EELK_Paldiski_kogudus, lk 56
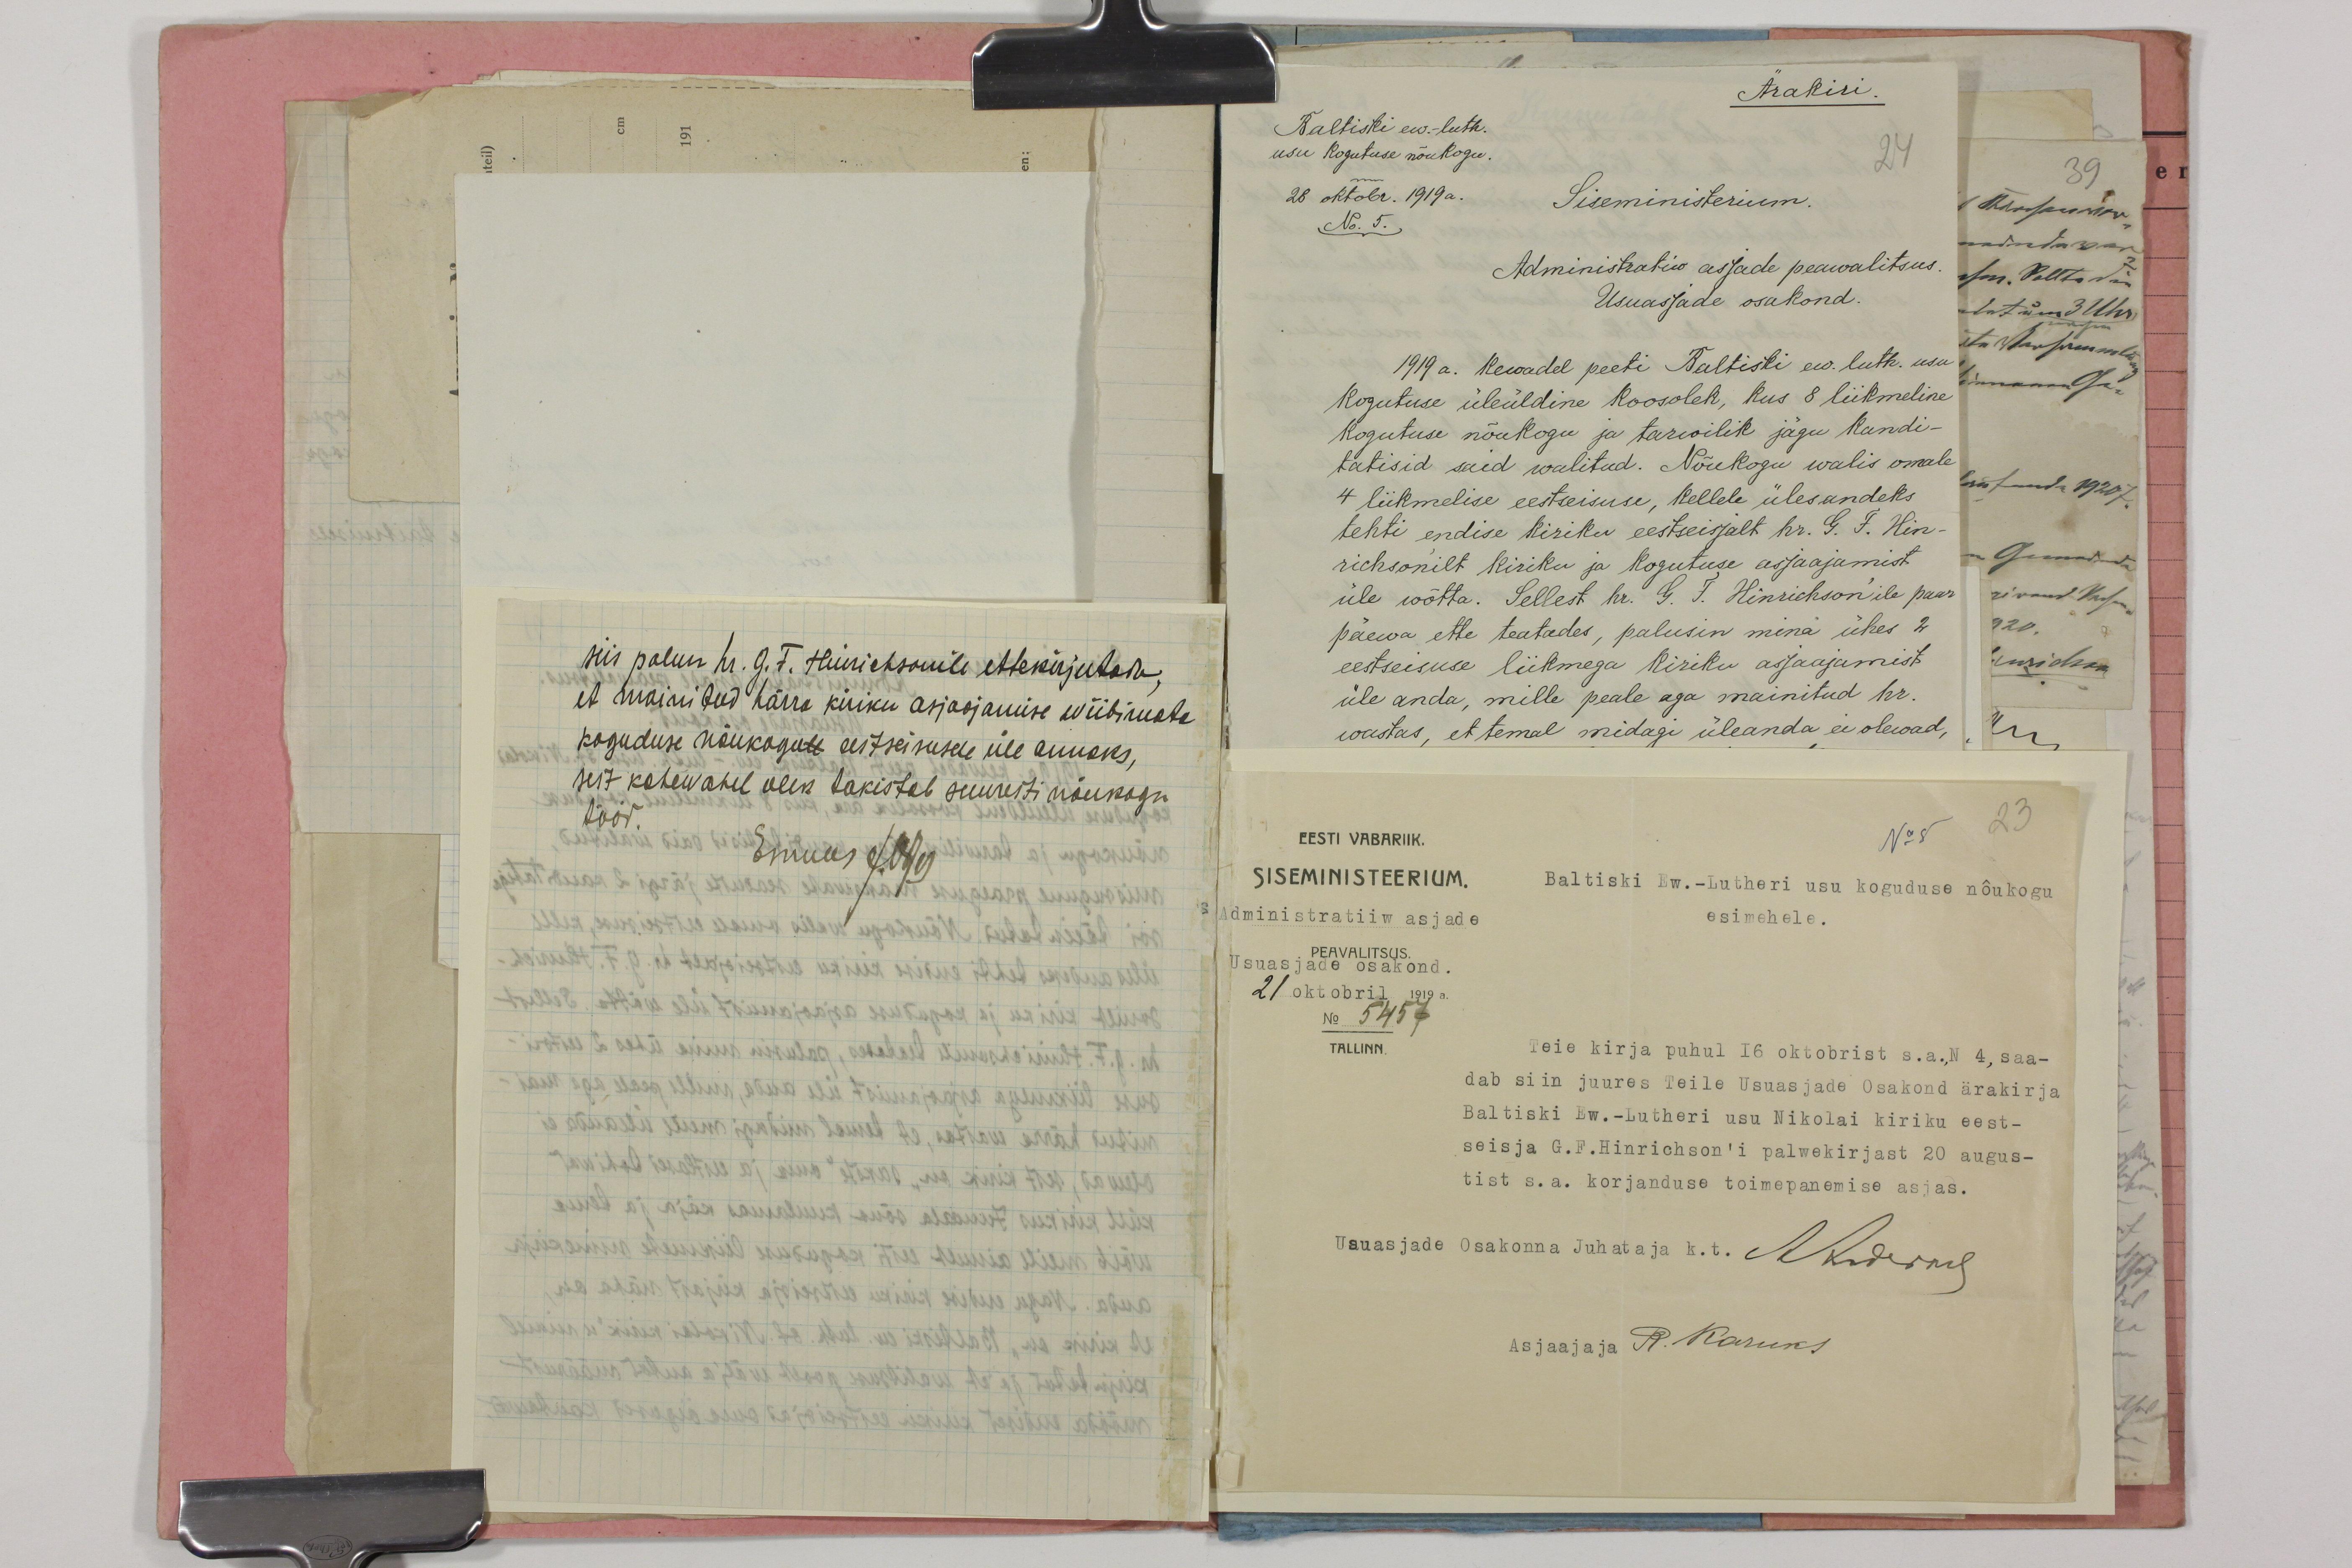
siis palun hr. G. F. Hinrichsonile ettekirjutada,
et mainitud härra kiriku asjasjamise wiibimata
koguduse nõukogule eestseisusele üle annaks,
sest kahewahel olek takistab suuresti nõukogu
tööd
Esimees 4/Е/O/O

EESTI VABARIIK.
No 8 23
SISEMINISTEERIUM.
Baltiski Ew.-Lutheri usu koguduse nõukogu
Administratiiw asjade
esimehele.
Usuasjade osakond.
PEAVALITSUS
21oktobril 1919 a.
5457
TALLINN.
Teie kirja puhul 16 oktobrist s.a, N 4, saa-
dab siin juures Teile Usuasjade Osakond ärakirja
Baltiski Ew.-Lutheri usu Nikolai kiriku eest-
seisja G.F.Hinrichson'i palwekirjast 20 augus-
tist s.a. korjanduse toimepanemise asjas.
Usuasjade Osakonna Juhataja k.t. Akderne
Asjaajaja R. Karuks